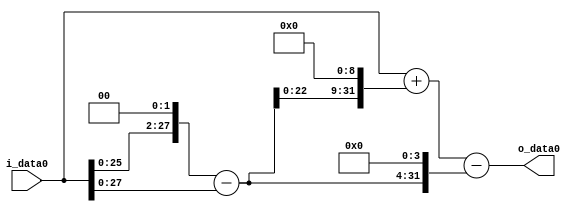
module multiplier_block (
    i_data0,
    o_data0
);

  // Port mode declarations:
  input   [31:0] i_data0;
  output  [31:0]
    o_data0;

  //Multipliers:

  wire [31:0]
    w1,
    w4,
    w3,
    w1536,
    w1537,
    w48,
    w1489;

  assign w1 = i_data0;
  assign w1489 = w1537 - w48;
  assign w1536 = w3 << 9;
  assign w1537 = w1 + w1536;
  assign w3 = w4 - w1;
  assign w4 = w1 << 2;
  assign w48 = w3 << 4;

  assign o_data0 = w1489;

  //multiplier_block area estimate = 5235.75353578088;
endmodule